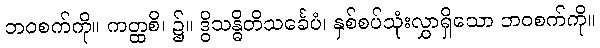
ဘဝစက်ကို။ ကတ္ထစိ၊ ၌။ ဒွိသန္ဓိတိသင်္ခေပံ၊ နှစ်စပ်သုံးလွှာရှိသော ဘဝစက်ကို။